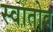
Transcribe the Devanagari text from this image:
स्वातोव